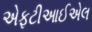
એફટીઆઈએલ